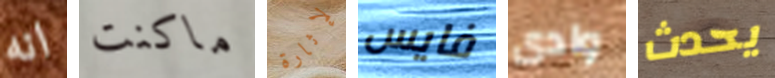
انه ماكنت لإثارة فايس وادى يحدث